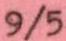
9/5